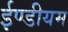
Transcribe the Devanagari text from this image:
ईण्डीयम